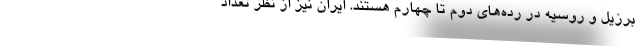
برزیل و روسیه در رده‌های دوم تا چهارم هستند. ایران نیز از نظر تعداد